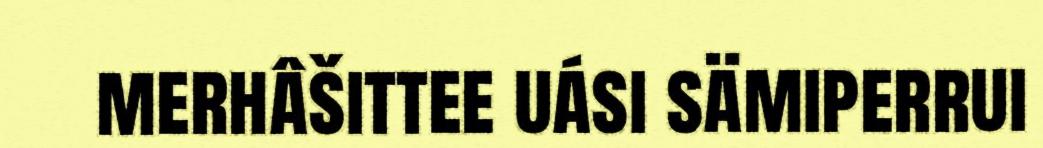
merhâšittee uási sämiperrui